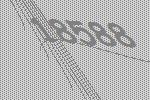
18588